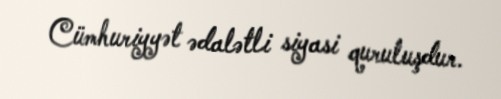
Cümhuriyyət ədalətli siyasi quruluşdur.